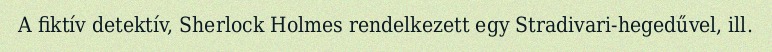
A fiktív detektív, Sherlock Holmes rendelkezett egy Stradivari-hegedűvel, ill.